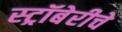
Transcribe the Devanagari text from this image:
स्ट्रॉबेरीचे